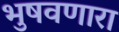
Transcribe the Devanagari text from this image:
भुषवणारा